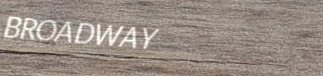
BROADWAY